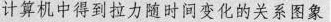
计算机中得到拉力随时间变化的关系图象